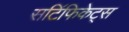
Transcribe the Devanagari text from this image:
सटि॔फिकेट्स